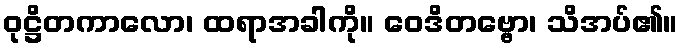
ဝုဋ္ဌိတကာလော၊ ထရာအခါကို။ ဝေဒိတဗ္ဗော၊ သိအပ်၏။